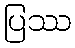
ပြဿ